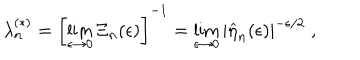
\lambda _ { n } ^ { ( \ast ) } = \left[ \lim _ { \epsilon \rightarrow 0 } \Xi _ { n } ( \epsilon ) \right] ^ { - 1 } = \lim _ { \epsilon \rightarrow 0 } \left| \widehat { \eta } _ { n } ( \epsilon ) \right| ^ { - \epsilon / 2 } \; ,